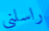
راسلني